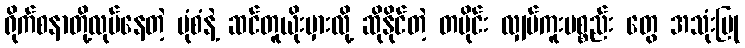
ရိုက်စနာတို့လုပ်နေတဲ့ ပုံစံနဲ့ ဆင်တူယိုးမှားလို့ ဆိုနိုင်တဲ့ တပိုင်း လျှပ်ကူးပစ္စည်း တွေ အသုံးပြု